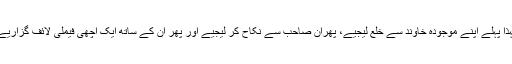
لہٰذا پہلے اپنے موجودہ خاوند سے خلع لیجیے، پھران صاحب سے نکاح کر لیجیے اور پھر ان کے ساتھ ایک اچھی فیملی لائف گزاریے۔